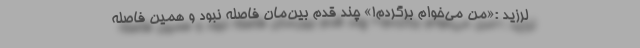
لرزید :«من می‌خوام برگردم!» چند قدم بین‌مان فاصله نبود و همین فاصله